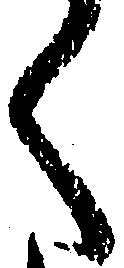
く